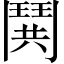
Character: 鬨